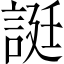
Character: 誔